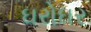
ઘરોઘર